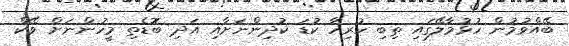
ބޭއްވުމުން ހުޅުމާލޭގައި ތިބި ހުރިހާ ކުޑަ ކުދިންނަށާއި އަދި ބޮޑެތި މީހުންނަށް ވޭކް